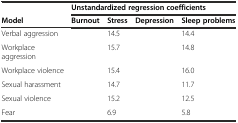
<table><thead><tr><td>[EMPTY_CELL]</td><td colspan="4"><b>Unstandardized regression coefficients</b></td></tr><tr><td><b>Model</b></td><td><b>Burnout</b></td><td><b>Stress</b></td><td><b>Depression</b></td><td><b>Sleep problems</b></td></tr></thead><tbody><tr><td>Verbal aggression</td><td>[EMPTY_CELL]</td><td>14.5</td><td>[EMPTY_CELL]</td><td>14.4</td></tr><tr><td>Workplace aggression</td><td>[EMPTY_CELL]</td><td>15.7</td><td>[EMPTY_CELL]</td><td>14.8</td></tr><tr><td>Workplace violence</td><td>[EMPTY_CELL]</td><td>15.4</td><td>[EMPTY_CELL]</td><td>16.0</td></tr><tr><td>Sexual harassment</td><td>[EMPTY_CELL]</td><td>14.7</td><td>[EMPTY_CELL]</td><td>11.7</td></tr><tr><td>Sexual violence</td><td>[EMPTY_CELL]</td><td>15.2</td><td>[EMPTY_CELL]</td><td>12.5</td></tr><tr><td>Fear</td><td>[EMPTY_CELL]</td><td>6.9</td><td>[EMPTY_CELL]</td><td>5.8</td></tr></tbody></table>